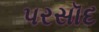
પરસૉદ